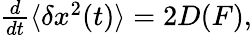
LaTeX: \begin{array}{r}{\frac{d}{dt}\langle\delta x^{2}(t)\rangle=2D(F),}\end{array}